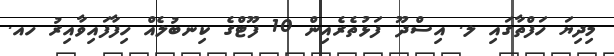
މިދިޔަ ހަފްތާގައި ލ. އިސްދޫ ފަޅުތެރެއިން 10 ފޫޓްގެ ކިނބުލެއް ހިފާފައިވާއިރު ހއ.